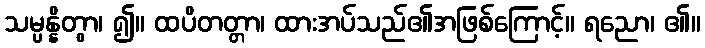
သမ္ပန္နိတွာ၊ ၍။ ထပိတတ္တာ၊ ထားအပ်သည်၏အဖြစ်ကြောင့်။ ရညော၊ ၏။